Annual report on the Civil Veterinary Department, Burma (including the Insein Veterinary School) - 1923-1931
Year: 1923
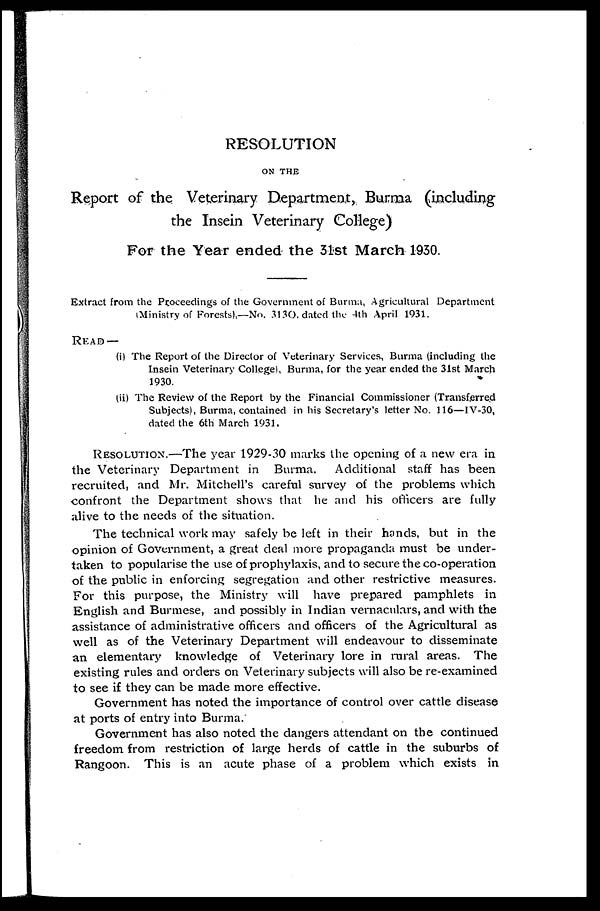
RESOLUTION
ON THE
Report of the Veterinary Department, Burma (including
the Insein Veterinary College)
For the Year ended the 31st March 1930.
Extract from the Proceedings of the Government of Burma, Agricultural Department
(Ministry of Forests),—No. 313O, dated the 4th April 1931.
READ —
(i) The Report of the Director of Veterinary Services, Burma (including the
Insein Veterinary College), Burma, for the year ended the 31st March
1930.
(ii) The Review of the Report by the Financial Commissioner (Transferred
Subjects), Burma, contained in his Secretary's letter No. 116—IV-30,
dated the 6th March 1931.
RESOLUTION.—The year 1929-30 marks the opening of a new era in
the Veterinary Department in Burma.
Additional staff has been
recruited, and Mr. Mitchell's careful survey of the problems which
confront the Department shows that he and his officers are fully
alive to the needs of the situation.
The technical work may safely be left in their hands, but in the
opinion of Government, a great deal more propaganda must be under-
taken to popularise the use of prophylaxis, and to secure the co-operation
of the public in enforcing segregation and other restrictive measures.
For this purpose, the Ministry will have prepared pamphlets in
English and Burmese, and possibly in Indian vernaculars, and with the
assistance of administrative officers and officers of the Agricultural as
well as of the Veterinary Department will endeavour to disseminate
an elementary knowledge of Veterinary lore in rural areas. The
existing rules and orders on Veterinary subjects will also be re-examined
to see if they can be made more effective.
Government has noted the importance of control over cattle disease
at ports of entry into Burma.
Government has also noted the dangers attendant on the continued
freedom from restriction of large herds of cattle in the suburbs of
Rangoon. This is an acute phase of a problem which exists in